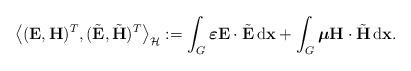
LaTeX: \begin{align*} \big\langle (\mathbf{E}, \mathbf{H})^{T}, (\tilde{\mathbf{E}}, \tilde{\mathbf{H}})^{T}\big\rangle_{\mathcal{H}} := \int_{G} \boldsymbol{\varepsilon} \mathbf{E} \cdot \tilde{\mathbf{E}} \,\mathrm{d}\mathbf{x} + \int_{G} \boldsymbol{\mu} \mathbf{H} \cdot \tilde{\mathbf{H}} \,\mathrm{d}\mathbf{x}. \end{align*}